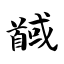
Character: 馘